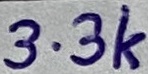
Text: 3.3k